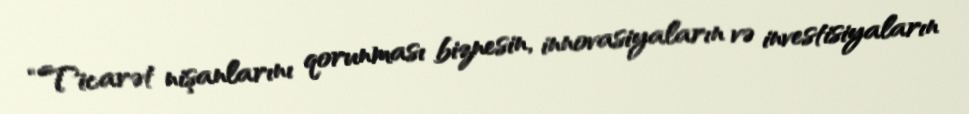
“Ticarət nişanlarını qorunması biznesin, innovasiyaların və investisiyaların